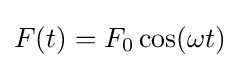
F(t)=F_{0}\cos(\omega t)